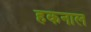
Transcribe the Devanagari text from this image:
हकनाल